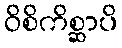
ဝိစိကိစ္ဆာပိ